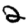
Digit: 2